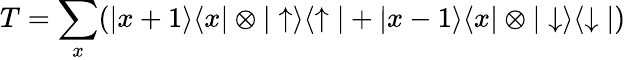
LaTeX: T=\sum_{x}(\vert x+1\rangle\langle x\vert\otimes\vert\uparrow\rangle\langle\uparrow\vert+\vert x-1\rangle\langle x\vert\otimes\vert\downarrow\rangle\langle\downarrow\vert)